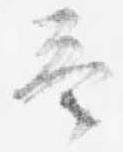
答